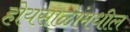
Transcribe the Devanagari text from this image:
होयसाळांमधील